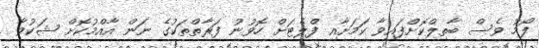
ފޯމު ވެސް ބާތިލްކޮށްފައިވާ ކަމަށާއި ފްލެޓަށް ހޮވުނު ފަރާތްތަކުގެ ނަން އާއްމުކޮށް ޝަކުވާ